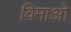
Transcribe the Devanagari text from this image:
विमाओ